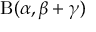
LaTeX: \mathrm { B } ( \alpha , \beta + \gamma )